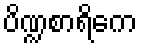
ပိဏ္ဍစာရိကေ